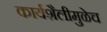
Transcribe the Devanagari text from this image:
कार्यशैलीमुळेच